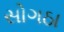
સોગઠા